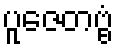
ပူဇေတဗ္ဗံ